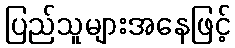
ပြည်သူများအနေဖြင့်